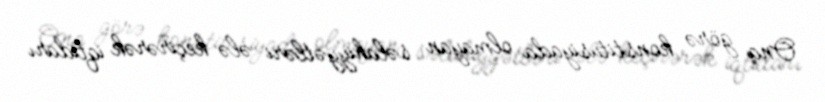
Ona görə konstitusiyada olmayan səlahiyyətləri ələ keçirərək iqtidarı